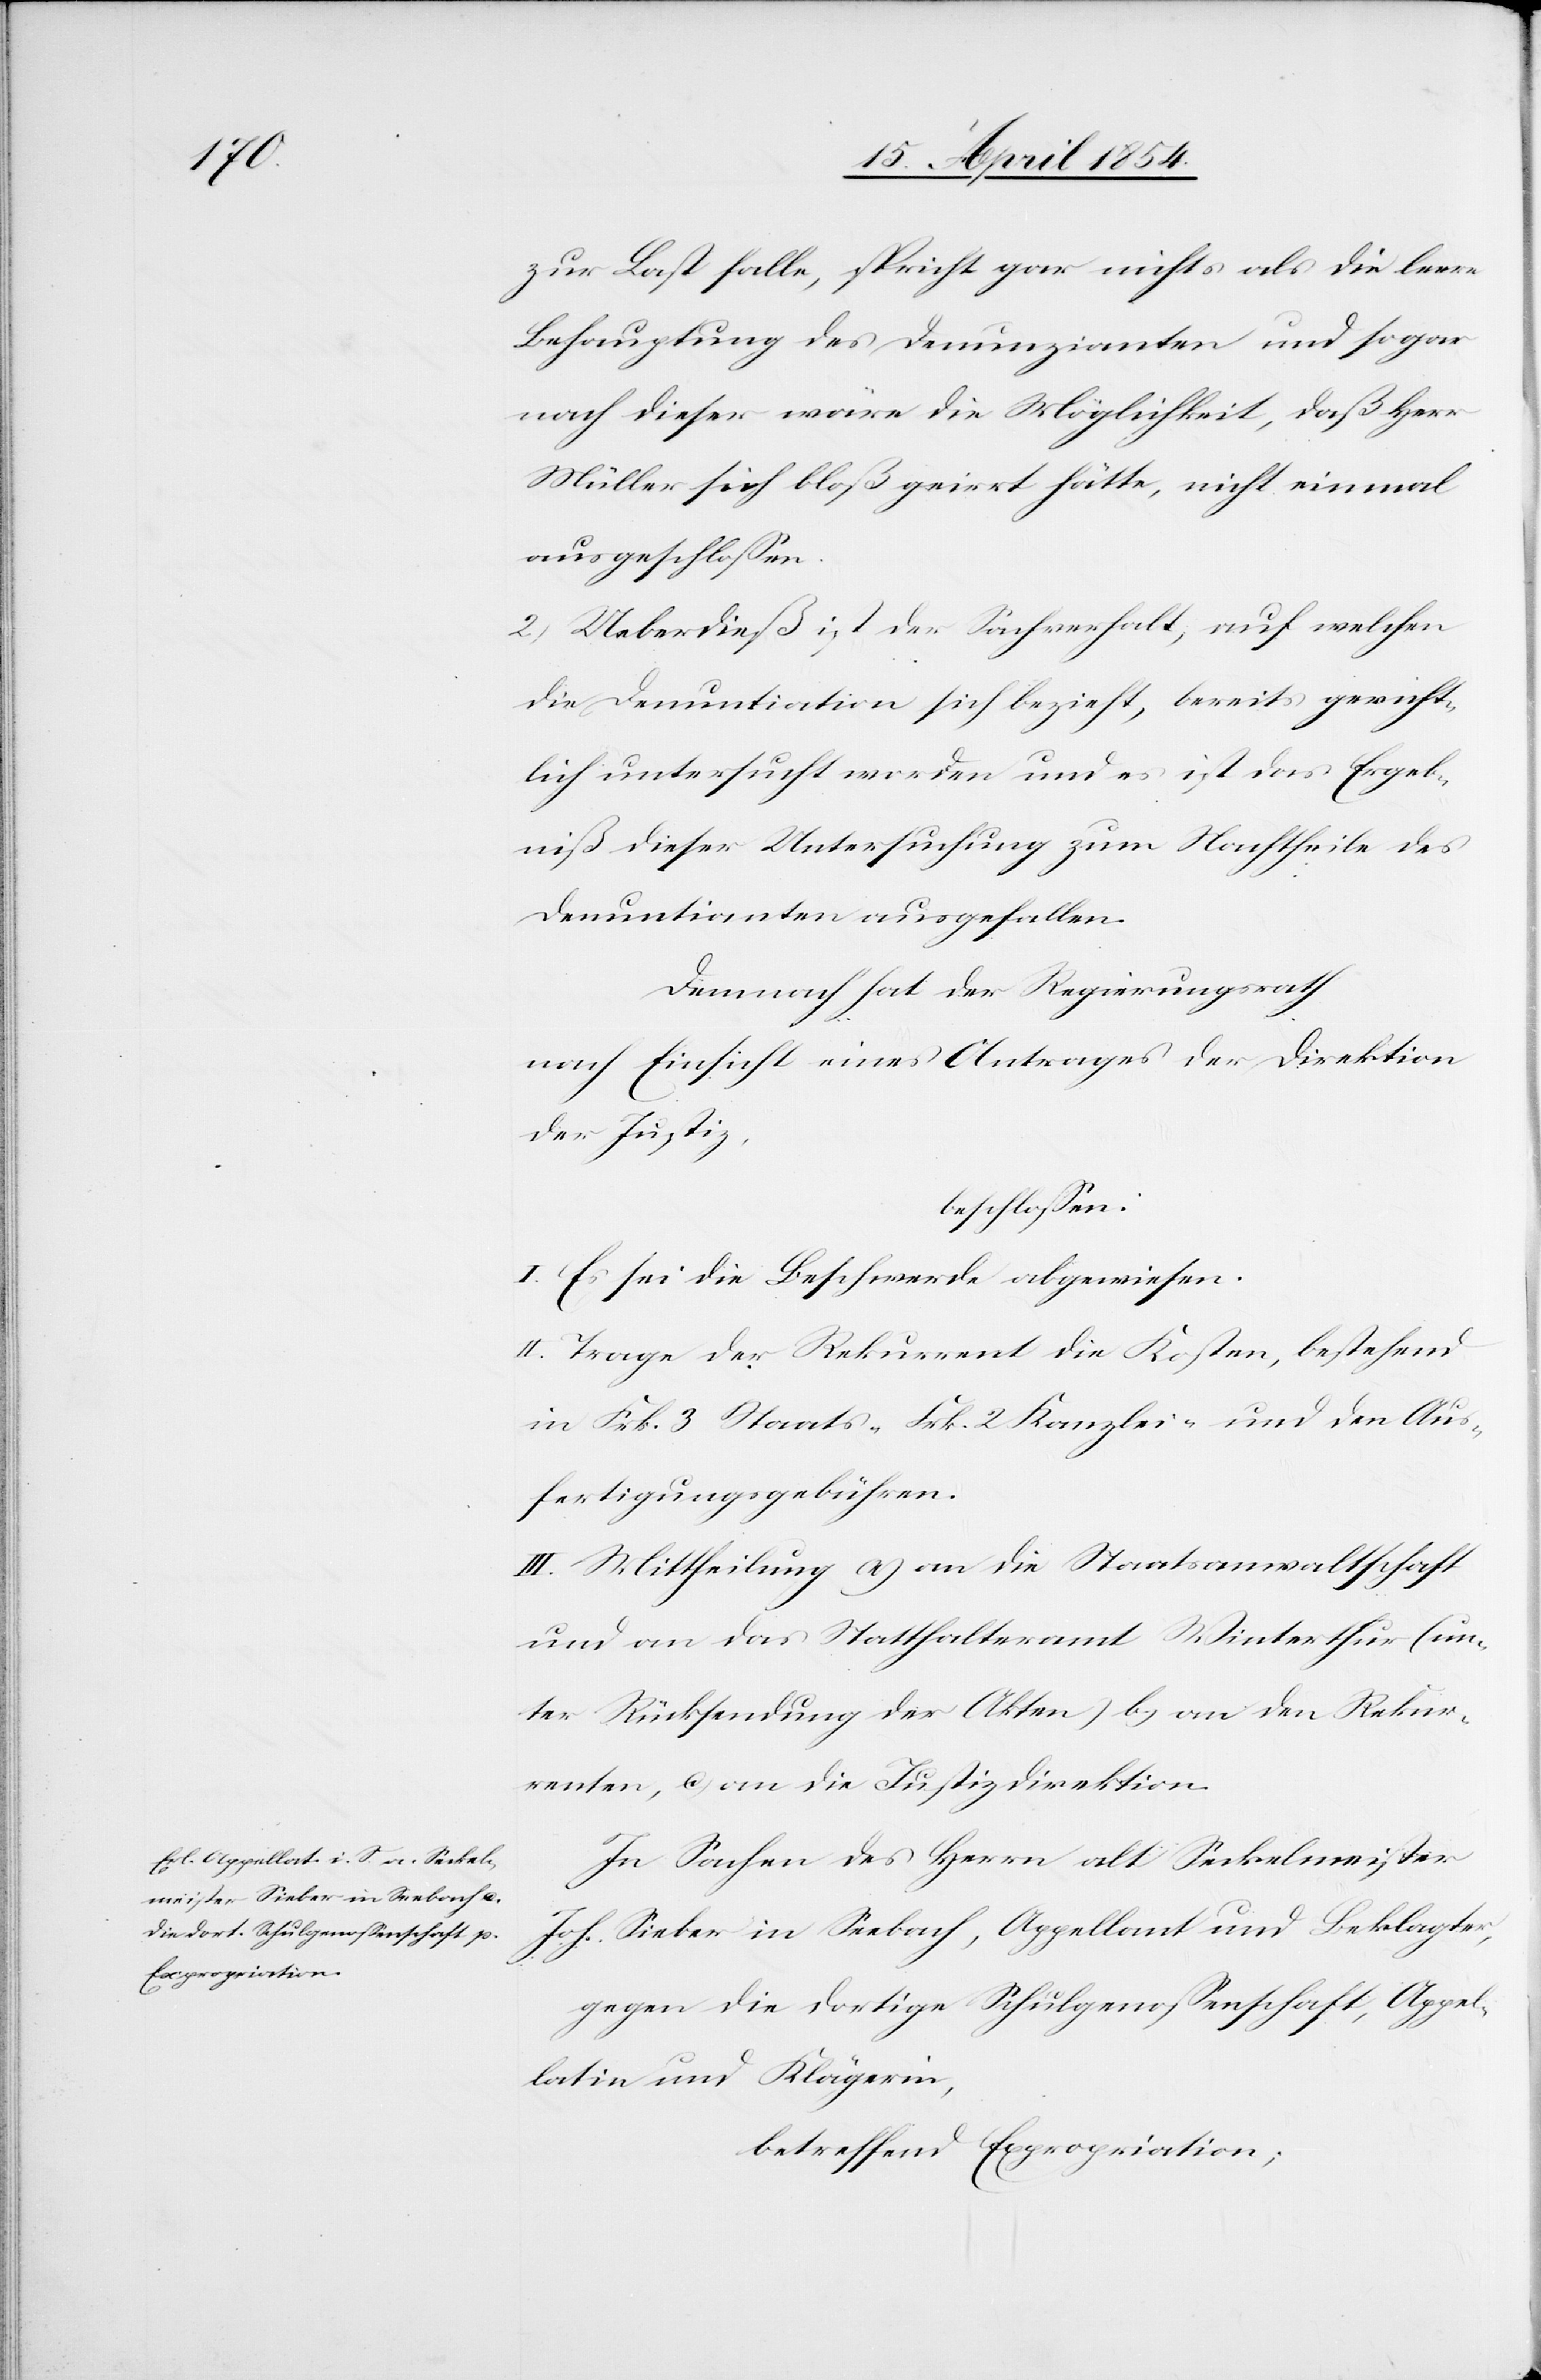
zur Last falle, spricht gar nichts als die leere
Behauptung des Denunzianten und sogar
nach dieser wäre die Möglichkeit, daß Herr
Müller sich bloß geirrt hätte, nicht einmal
ausgeschloßen.
2.) Ueberdieß ist der Sachverhalt, auf welchen
die Denuntiation sich bezieht, bereits gericht¬
lich untersucht worden und es ist das Ergeb¬
niß dieser Untersuchung zum Nachtheile des
Denuntianten ausgefallen.
Demnach hat der Regierungsrath
nach Einsicht eines Antrages der Direktion
der Justiz,
beschloßen:
I. Es sei die Beschwerde abgewiesen.
II. Trage der Rekurrent die Kosten, bestehend
in Frk. 3 Staats-[,] Frk. 2 Kanzlei- und den Aus¬
fertigungsgebühren.
III. Mittheilung a.) an die Staatsanwaltschaft
und an das Statthalteramt Winterthur (un¬
ter Rücksendung der Akten) b.) an den Rekur¬
renten, c.) an die Justizdirektion.
In Sachen des Herrn alt Seckelmeister
Joh. Sieber in Seebach, Appellant und Beklagter,
gegen die dortige Schulgenoßenschaft, Appel¬
latin und Klägerin,
betreffend Expropriation;